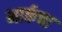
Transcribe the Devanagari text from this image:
मार्कचा